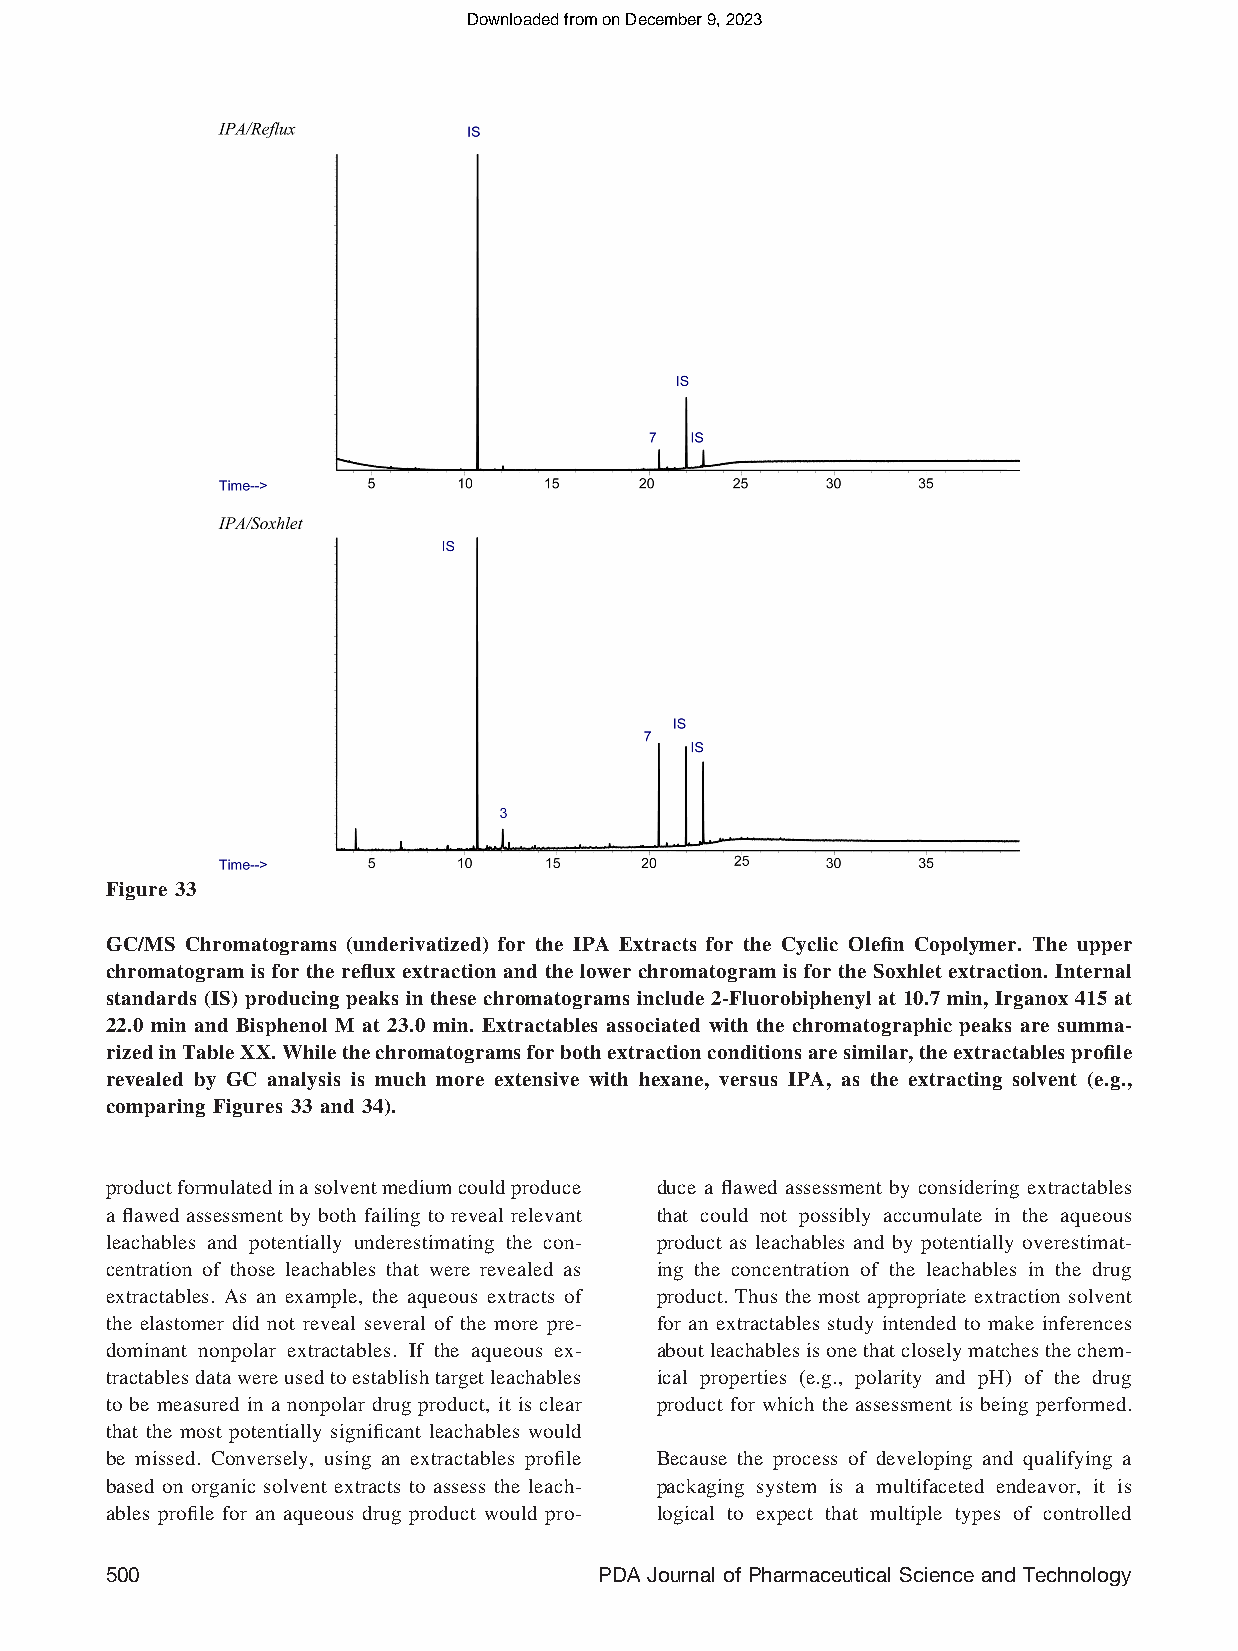
Downloaded from on December 9, 2023
 Figure 33
 GC/MS Chromatograms (underivatized) for the IPA Extracts for the Cyclic Olefin Copolymer. The upper
 chromatogram is for the reflux extraction and the lower chromatogram is for the Soxhlet extraction. Internal
 standards (IS) producing peaks in these chromatograms include 2-Fluorobiphenyl at 10.7 min, Irganox 415 at
 22.0 min and Bisphenol M at 23.0 min. Extractables associated with the chromatographic peaks are summa-
 rizedinTableXX.Whilethechromatogramsforbothextractionconditionsaresimilar,theextractablesprofile
 revealed by GC analysis is much more extensive with hexane, versus IPA, as the extracting solvent (e.g.,
 comparing Figures 33 and 34).
 productformulatedinasolventmediumcouldproduce duce a flawed assessment by considering extractables
 a flawed assessment by both failing to reveal relevant that could not possibly accumulate in the aqueous
 leachables and potentially underestimating the con- product as leachables and by potentially overestimat-
 centration of those leachables that were revealed as ing the concentration of the leachables in the drug
 extractables. As an example, the aqueous extracts of product. Thus the most appropriate extraction solvent
 the elastomer did not reveal several of the more pre- for an extractables study intended to make inferences
 dominant nonpolar extractables. If the aqueous ex- aboutleachablesisonethatcloselymatchesthechem-
 tractablesdatawereusedtoestablishtargetleachables ical properties (e.g., polarity and pH) of the drug
 to be measured in a nonpolar drug product, it is clear product for which the assessment is being performed.
 that the most potentially significant leachables would
 be missed. Conversely, using an extractables profile Because the process of developing and qualifying a
 based on organic solvent extracts to assess the leach- packaging system is a multifaceted endeavor, it is
 ables profile for an aqueous drug product would pro- logical to expect that multiple types of controlled
 500                             PDA Journal of Pharmaceutical Science and Technology